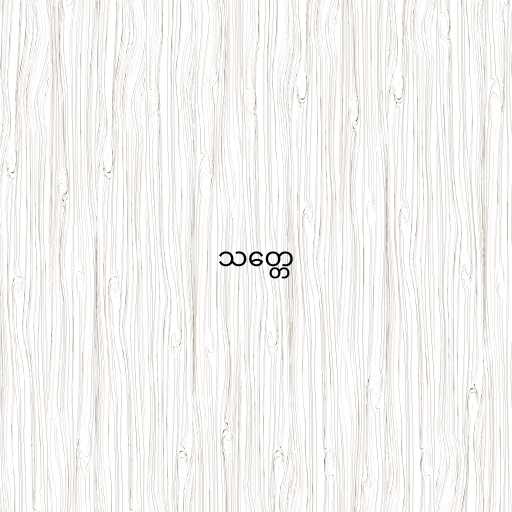
သတ္တေ